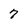
Character: 7